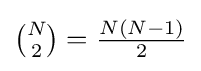
{\textstyle {\binom {N}{2}}={\frac {N(N-1)}{2}}}